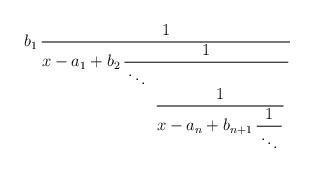
LaTeX: \begin{align*}b_1 \,{ 1 \over x - a_1 + b_2\, \displaystyle{ 1 \over \, \ddots \, \displaystyle{ \hbox{ } \atop \displaystyle{ \hbox{ } \atop \displaystyle{ 1 \over x - a_n + b_{n+1} \, \displaystyle{ 1 \over \, \ddots \,}}}}}}\end{align*}